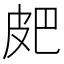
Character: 㿬